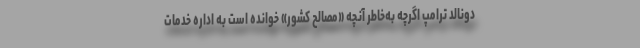
دونالد ترامپ اگرچه به‌خاطر آنچه «مصالح کشور» خوانده است به اداره خدمات